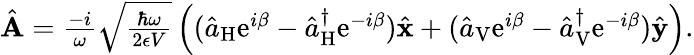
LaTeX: \begin{array}{r}{\hat{\mathbf A}=\frac{-i}{\omega}\sqrt{\frac{\hbar\omega}{2\epsilon V}}\left((\hat{a}_{\mathrm{H}}\mathrm{e}^{i\beta}-\hat{a}_{\mathrm{H}}^{\dagger}\mathrm{e}^{-i\beta})\hat{\mathbf x}+(\hat{a}_{\mathrm{V}}\mathrm{e}^{i\beta}-\hat{a}_{\mathrm{V}}^{\dagger}\mathrm{e}^{-i\beta})\hat{\mathbf y}\right).}\end{array}